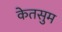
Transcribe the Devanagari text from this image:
केतसुम